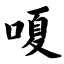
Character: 嗄